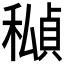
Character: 𥢆